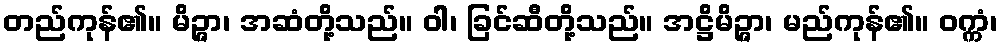
တည်ကုန်၏။ မိဉ္ဇာ၊ အဆံတို့သည်။ ဝါ၊ ခြင်ဆီတို့သည်။ အဋ္ဌိမိဉ္ဇာ၊ မည်ကုန်၏။ ဝက္ကံ၊